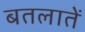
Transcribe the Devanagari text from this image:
बतलातें